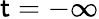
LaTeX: \mathsf{t}=-\infty